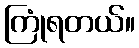
ကြုံရတယ်။